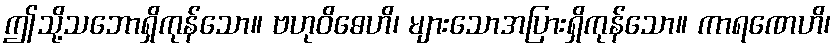
ဤသို့သဘောရှိကုန်သော။ ဗဟုဝိဓေဟိ၊ များသောအပြားရှိကုန်သော။ ကာရဏေဟိ၊